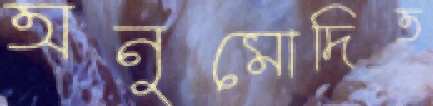
অনুমোদিত